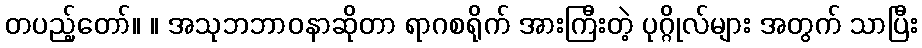
တပည့်တော်။ ။ အသုဘဘာဝနာဆိုတာ ရာဂစရိုက် အားကြီးတဲ့ ပုဂ္ဂိုလ်များ အတွက် သာပြီး